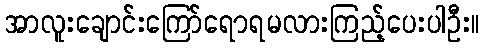
အာလူးချောင်းကြော်ရောရမလားကြည့်ပေးပါဦး။